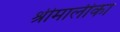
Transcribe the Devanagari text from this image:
श्रीमालीका